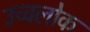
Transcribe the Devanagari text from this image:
उच्चलोक